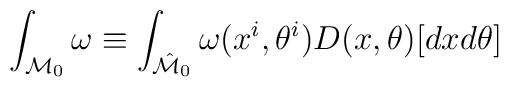
\int_{{\cal M}_{0}}\omega \equiv \int_{\hat{\cal M}_{0}}\omega (x^i, \theta^i ) D(x,\theta)[dxd\theta]